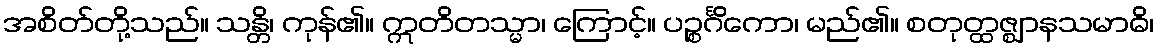
အစိတ်တို့သည်။ သန္တိ၊ ကုန်၏။ ဣတိတသ္မာ၊ ကြောင့်။ ပဉ္စင်္ဂိကော၊ မည်၏။ စတုတ္ထဇ္ဈာနသမာဓိ၊